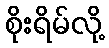
စိုးရိမ်လို့